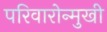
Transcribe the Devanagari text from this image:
परिवारोन्मुखी